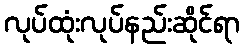
လုပ်ထုံးလုပ်နည်းဆိုင်ရာ